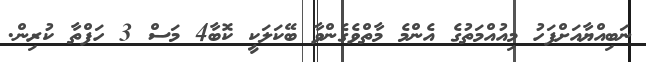
ނަބިއްޔާއަށްފަހު މިއުއްމަތުގެ އެންމެ މާތްވެގެންވާ ބޭކަލަކީ ކޮބާ4 މަސް 3 ހަފްތާ ކުރިން.